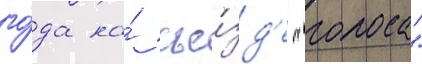
го́да на́ съе́зд'е "голоса"